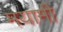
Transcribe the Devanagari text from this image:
मयामी